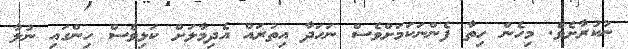
ނުކުރާށެވެ. މިހެން ހިތާ ފެންނަކަމަށްވެސް ނަހަދާ އިތުރައް އެދިމާލަށް ކަޅިވެސް ހިންގައި ނުލާ